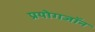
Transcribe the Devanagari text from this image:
प्रयोगजॉन